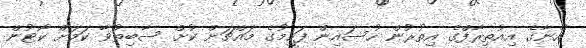
އޭނާގެ އިއުތިރާފްގެ އިތުރުން ހުސައިން ފަހީމުގެ މައްޗަށް ކުށް ސާބިތުވާ ކަމަށް ކޯޓުން